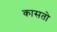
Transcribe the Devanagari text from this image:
कासतो